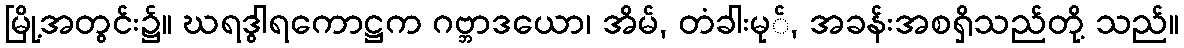
မြို့အတွင်း၌။ ဃရဒွါရကောဋ္ဌက ဂဗ္ဘာဒယော၊ အိမ်, တံခါးမု်, အခန်းအစရှိသည်တို့ သည်။